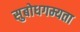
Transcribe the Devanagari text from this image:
सुबोधगम्यता